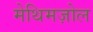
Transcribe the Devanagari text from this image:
मेथिमज़ोल